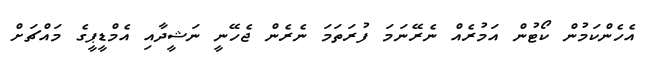
އެހެންކަމުން ކޯޓުން އަމުރެއް ނެރޭނަމަ ފުރަތަމަ ނެރެން ޖެހޭނީ ނަޝީދާއި އެމްޑީޕީގެ މައްޗަށް